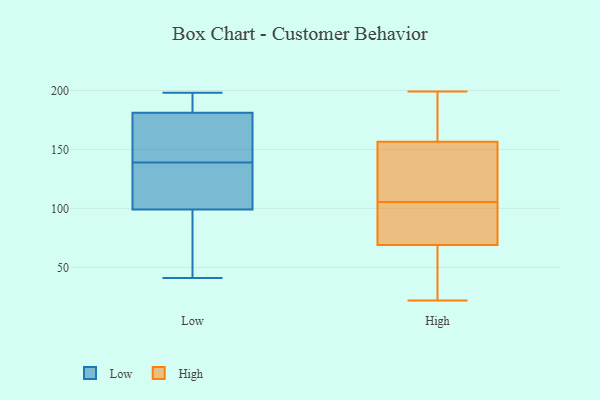
{"axis": {"x": "Temperature (°C)", "y": "Value"}, "legend": ["High", "Low"], "data": [{"x": "", "y": 198, "type": "Low"}, {"x": "", "y": 69, "type": "Low"}, {"x": "", "y": 144, "type": "Low"}, {"x": "", "y": 181, "type": "Low"}, {"x": "", "y": 139, "type": "Low"}, {"x": "", "y": 197, "type": "Low"}, {"x": "", "y": 99, "type": "Low"}, {"x": "", "y": 139, "type": "Low"}, {"x": "", "y": 134, "type": "Low"}, {"x": "", "y": 41, "type": "Low"}, {"x": "", "y": 29, "type": "High"}, {"x": "", "y": 22, "type": "High"}, {"x": "", "y": 106, "type": "High"}, {"x": "", "y": 199, "type": "High"}, {"x": "", "y": 165, "type": "High"}, {"x": "", "y": 71, "type": "High"}, {"x": "", "y": 88, "type": "High"}, {"x": "", "y": 173, "type": "High"}, {"x": "", "y": 135, "type": "High"}, {"x": "", "y": 67, "type": "High"}, {"x": "", "y": 105, "type": "High"}, {"x": "", "y": 148, "type": "High"}]}